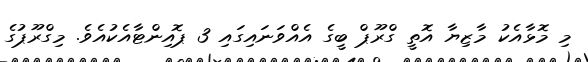
މި މޮޅާއެކު މާޒިޔާ އޮތީ ގްރޫޕް ބީގެ އެއްވަނައިގައި 3 ޕޮއިންޓާއެކުއެވެ. މިގްރޫޕުގެ